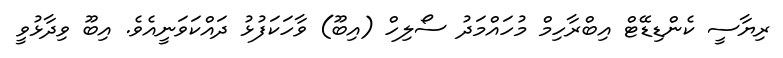
ރިޔާސީ ކެންޑިޑޭޓް އިބްރާހިމް މުހައްމަދު ސޯލިހް (އިބޫ) ވާހަކަފުޅު ދައްކަވަނީއެވެ. އިބޫ ވިދާޅުވީ